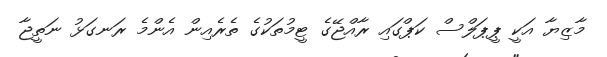
މާޒިޔާ އަކީ ޕީޕަލްސް ކަޕްގައި ރާއްޖޭގެ ޓީމުތަކުގެ ތެރެއިން އެންމެ ރަނގަޅު ނަތީޖާ